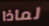
لماذا